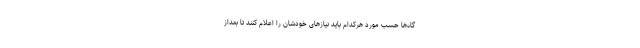
گاه‌ها حسب مورد هرکدام باید نیازهای خودشان را اعلام کنند تا بعداز